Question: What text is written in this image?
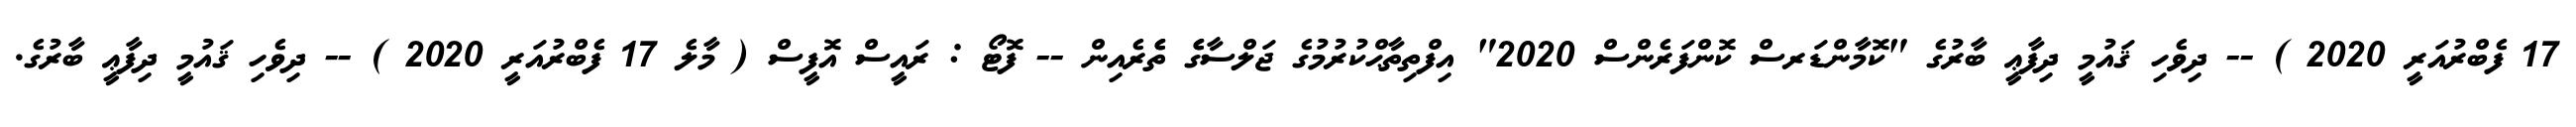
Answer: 17 ފެބްރުއަރީ 2020 ) -- ދިވެހި ޤައުމީ ދިފާޢީ ބާރުގެ "ކޮމާންޑަރސް ކޮންފަރެންސް 2020" އިފްތިތާޙްކުރުމުގެ ޖަލްސާގެެ ތެެރެއިން -- ފޮޓޯ : ރައީސް އޮފީސް ( މާލެ 17 ފެބްރުއަރީ 2020 ) -- ދިވެހި ޤައުމީ ދިފާޢީ ބާރުގެ.